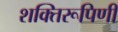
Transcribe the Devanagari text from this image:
शक्तिरूपिणी